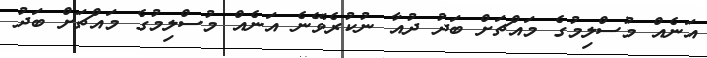
އަނެއް މުސްލިމުގެ މައްޗަށް ބަދު ދުއާ ނުކުރެވޭނެ އަނެއް މުސްލިމުގެ މައްޗަށް ބަދު